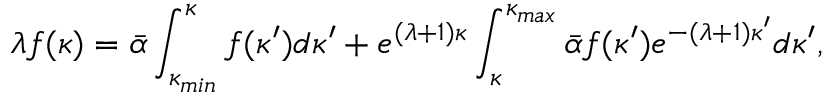
\lambda f ( \kappa ) = \bar { \alpha } \int _ { \kappa _ { m i n } } ^ { \kappa } f ( \kappa ^ { \prime } ) d \kappa ^ { \prime } + e ^ { ( \lambda + 1 ) \kappa } \int _ { \kappa } ^ { \kappa _ { m a x } } \bar { \alpha } f ( \kappa ^ { \prime } ) e ^ { - ( \lambda + 1 ) \kappa ^ { \prime } } d \kappa ^ { \prime } ,